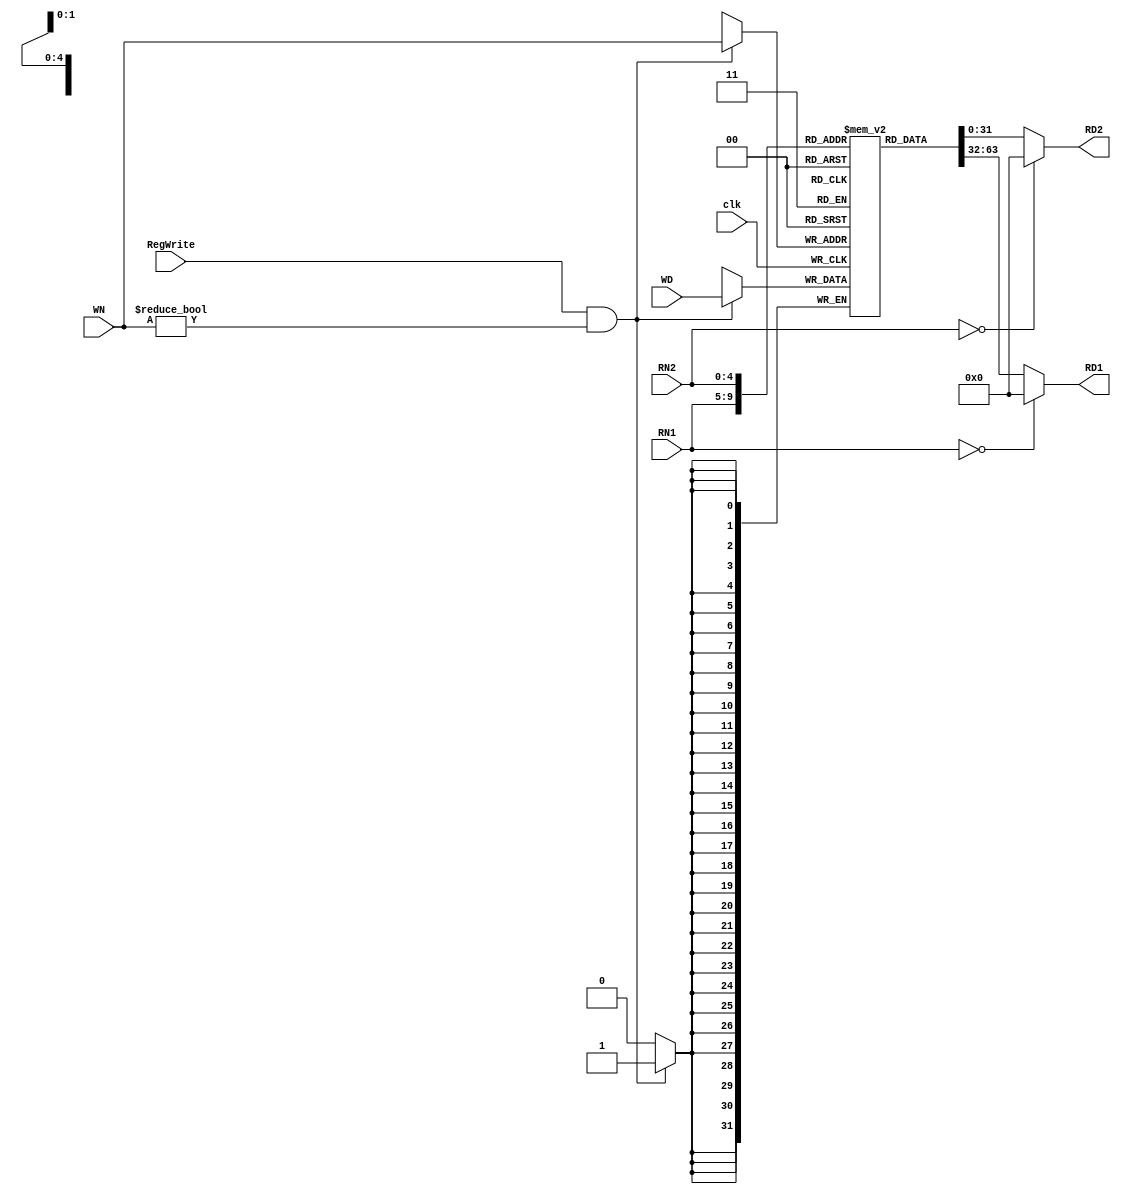
module reg_file( clk, RegWrite, RN1, RN2, WN, WD, RD1, RD2 ) ;
	input clk ;
	input RegWrite ;
	input [4:0] RN1, RN2, WN ;
	input [31:0] WD ;
	output [31:0] RD1, RD2 ;
	
	reg [31:0] RD1, RD2 ;
	reg [31:0] file_array[31:1] ;
	
	always @( RN1 or file_array[RN1] ) begin
		if( RN1 == 0 )
			RD1 = 32'd0 ;
		else
			RD1 = file_array[RN1] ;
			
	end
	
	always @( RN2 or file_array[RN2] ) begin
		if( RN2 == 0 )
			RD2 = 32'd0 ;
		else
			RD2 = file_array[RN2] ;
			
	end
	
	always @( posedge clk ) begin
		if( RegWrite && ( WN != 0 ) )begin
			file_array[WN] <= WD ;
		end
	end
	
endmodule